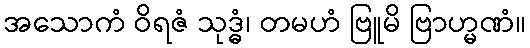
အသောကံ ဝိရဇံ သုဒ္ဓံ၊ တမဟံ ဗြူမိ ဗြာဟ္မဏံ။